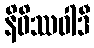
နိဝိဿဝါဒီ